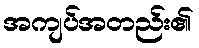
အကျပ်အတည်း၏